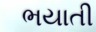
ભયાતી